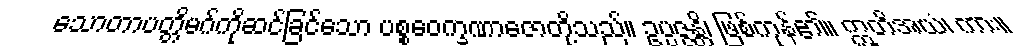
သောတာပတ္တိမဂ်ကိုဆင်ခြင်သော ပစ္စဝေက္ခဏာဇောတို့သည်။ ဥပ္ပဇ္ဇန္တိ၊ ဖြစ်ကုန်၏။ ဣတိအယံ၊ ကား။